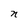
Character: n